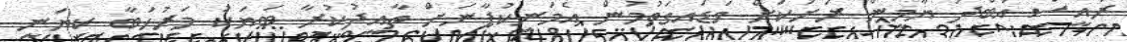
ރައީސް އަބްދު ޔާމީން ރަށަކަށް ވަޑައިގަތުމުން އެމަނިކުފާނަށް ތާއީދުކުރާ ބަޔަކު މަރުހަބާ ކިޔަނީ